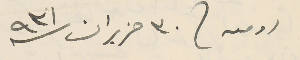
رومىه / فى ٣٠ حزيران ٩٣١